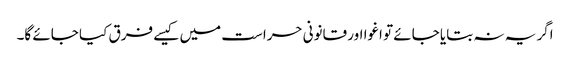
اگر یہ نہ بتایا جائے تو اغوا اور قانونی حراست میں کیسے فرق کیا جائے گا۔